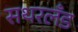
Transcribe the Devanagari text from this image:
सथरलँड